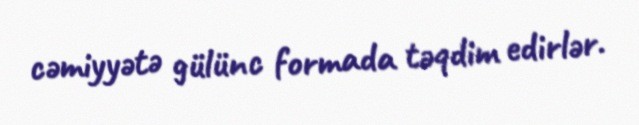
cəmiyyətə gülünc formada təqdim edirlər.